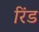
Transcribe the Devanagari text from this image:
रिंड